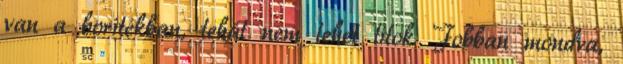
van a borítékban, tehát nem lehet titok. Jobban mondva,